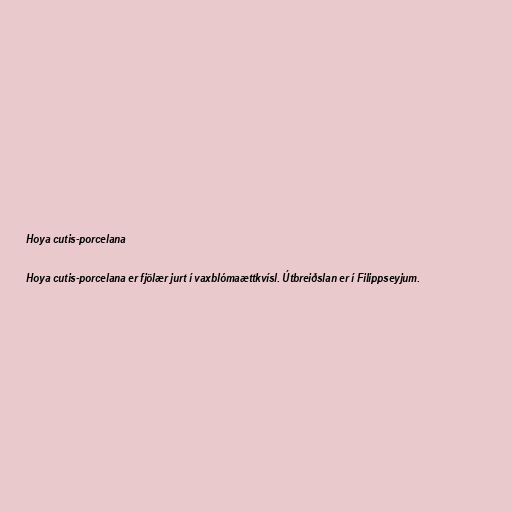
Hoya cutis-porcelana

Hoya cutis-porcelana er fjölær jurt í vaxblómaættkvísl. Útbreiðslan er í Filippseyjum.